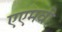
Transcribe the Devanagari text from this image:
एएमवी